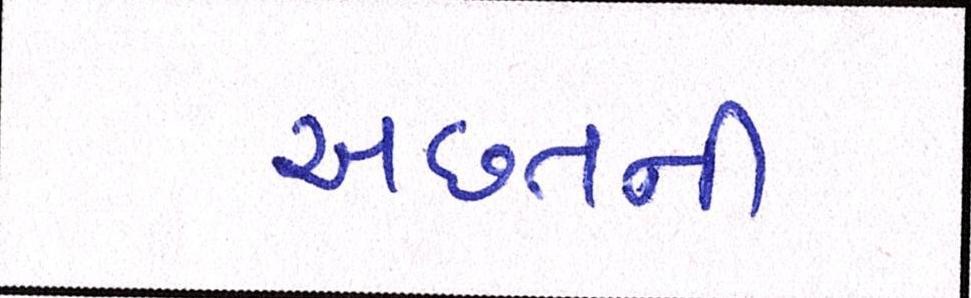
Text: અછતની